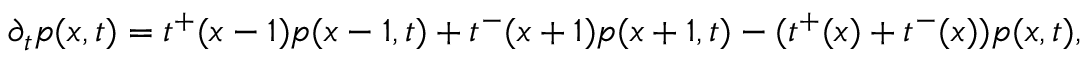
\partial _ { t } p ( x , t ) = t ^ { + } ( x - 1 ) p ( x - 1 , t ) + t ^ { - } ( x + 1 ) p ( x + 1 , t ) - ( t ^ { + } ( x ) + t ^ { - } ( x ) ) p ( x , t ) ,